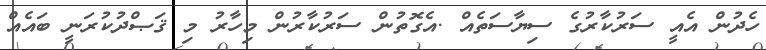
ހެދުން އެއީ ސަރުކާރުގެ ސިޔާސަތެއް .އެގޮތުން ސަރުކާރުން މިހާރު މި ޤަޞްދުކުރަނީ ބައެއް